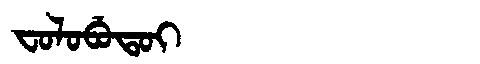
Manchu: ᠸᠣᠯᠣᠪᡠᡨᠣᡳ
Romanization: FOLOBUTOI